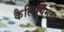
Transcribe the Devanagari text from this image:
कैल्सियमता